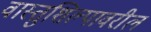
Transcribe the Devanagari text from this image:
वास्तुशिल्पावरील